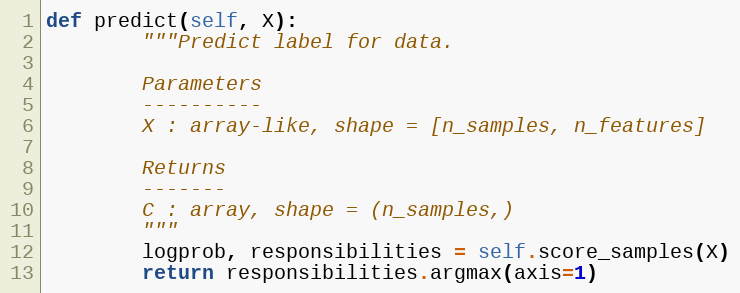
Language: Python
def predict(self, X):
        """Predict label for data.

        Parameters
        ----------
        X : array-like, shape = [n_samples, n_features]

        Returns
        -------
        C : array, shape = (n_samples,)
        """
        logprob, responsibilities = self.score_samples(X)
        return responsibilities.argmax(axis=1)